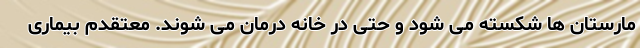
مارستان ها شکسته می شود و حتی در خانه درمان می شوند. معتقدم بیماری